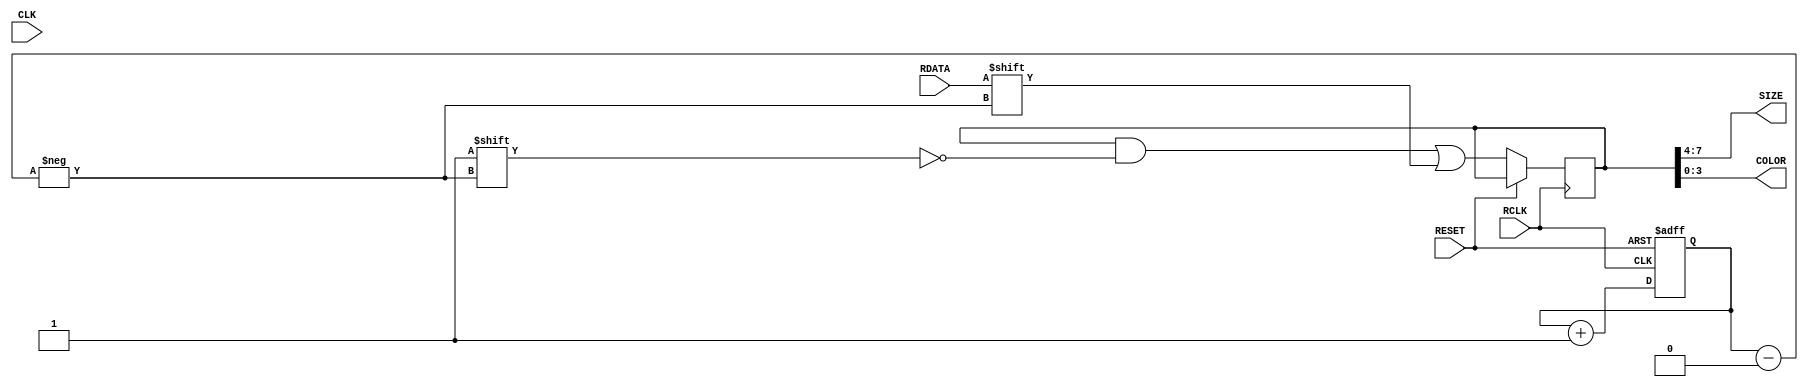
`timescale 1ns / 1ps
//////////////////////////////////////////////////////////////////////////////////
// Company: 
// Engineer: 
// 
// Design Name: 
// Module Name:    SerialIn 
// Project Name: 
// Target Devices: 
// Tool versions: 
// Description: 
//
// Dependencies: 
//
// Revision: 
// Revision 0.01 - File Created
// Additional Comments: 
//
//////////////////////////////////////////////////////////////////////////////////
module serialCOMM(
		input CLK,
		input RCLK,
		input RDATA,
		input RESET,
		output [3:0] SIZE,
		output [3:0] COLOR
    );
	 
	reg [2:0] bitCounter; // 8-bit Counter for Receiving 8-bits of Data
	reg [7:0] DATA;
	reg [26:0] count;
	
	initial begin
		bitCounter = 0;
		DATA = 'hFF;
	end
	
	assign COLOR = DATA[3:0];
	assign SIZE = DATA[7:4];

	always @(posedge RCLK or posedge RESET) begin
		if (RESET) //Reset Counter to Place Data Transmitted to Proper Location
			bitCounter <= 0;
		else begin
			DATA[bitCounter] <= RDATA;
			bitCounter <= bitCounter + 1;
		end
	end
		
endmodule